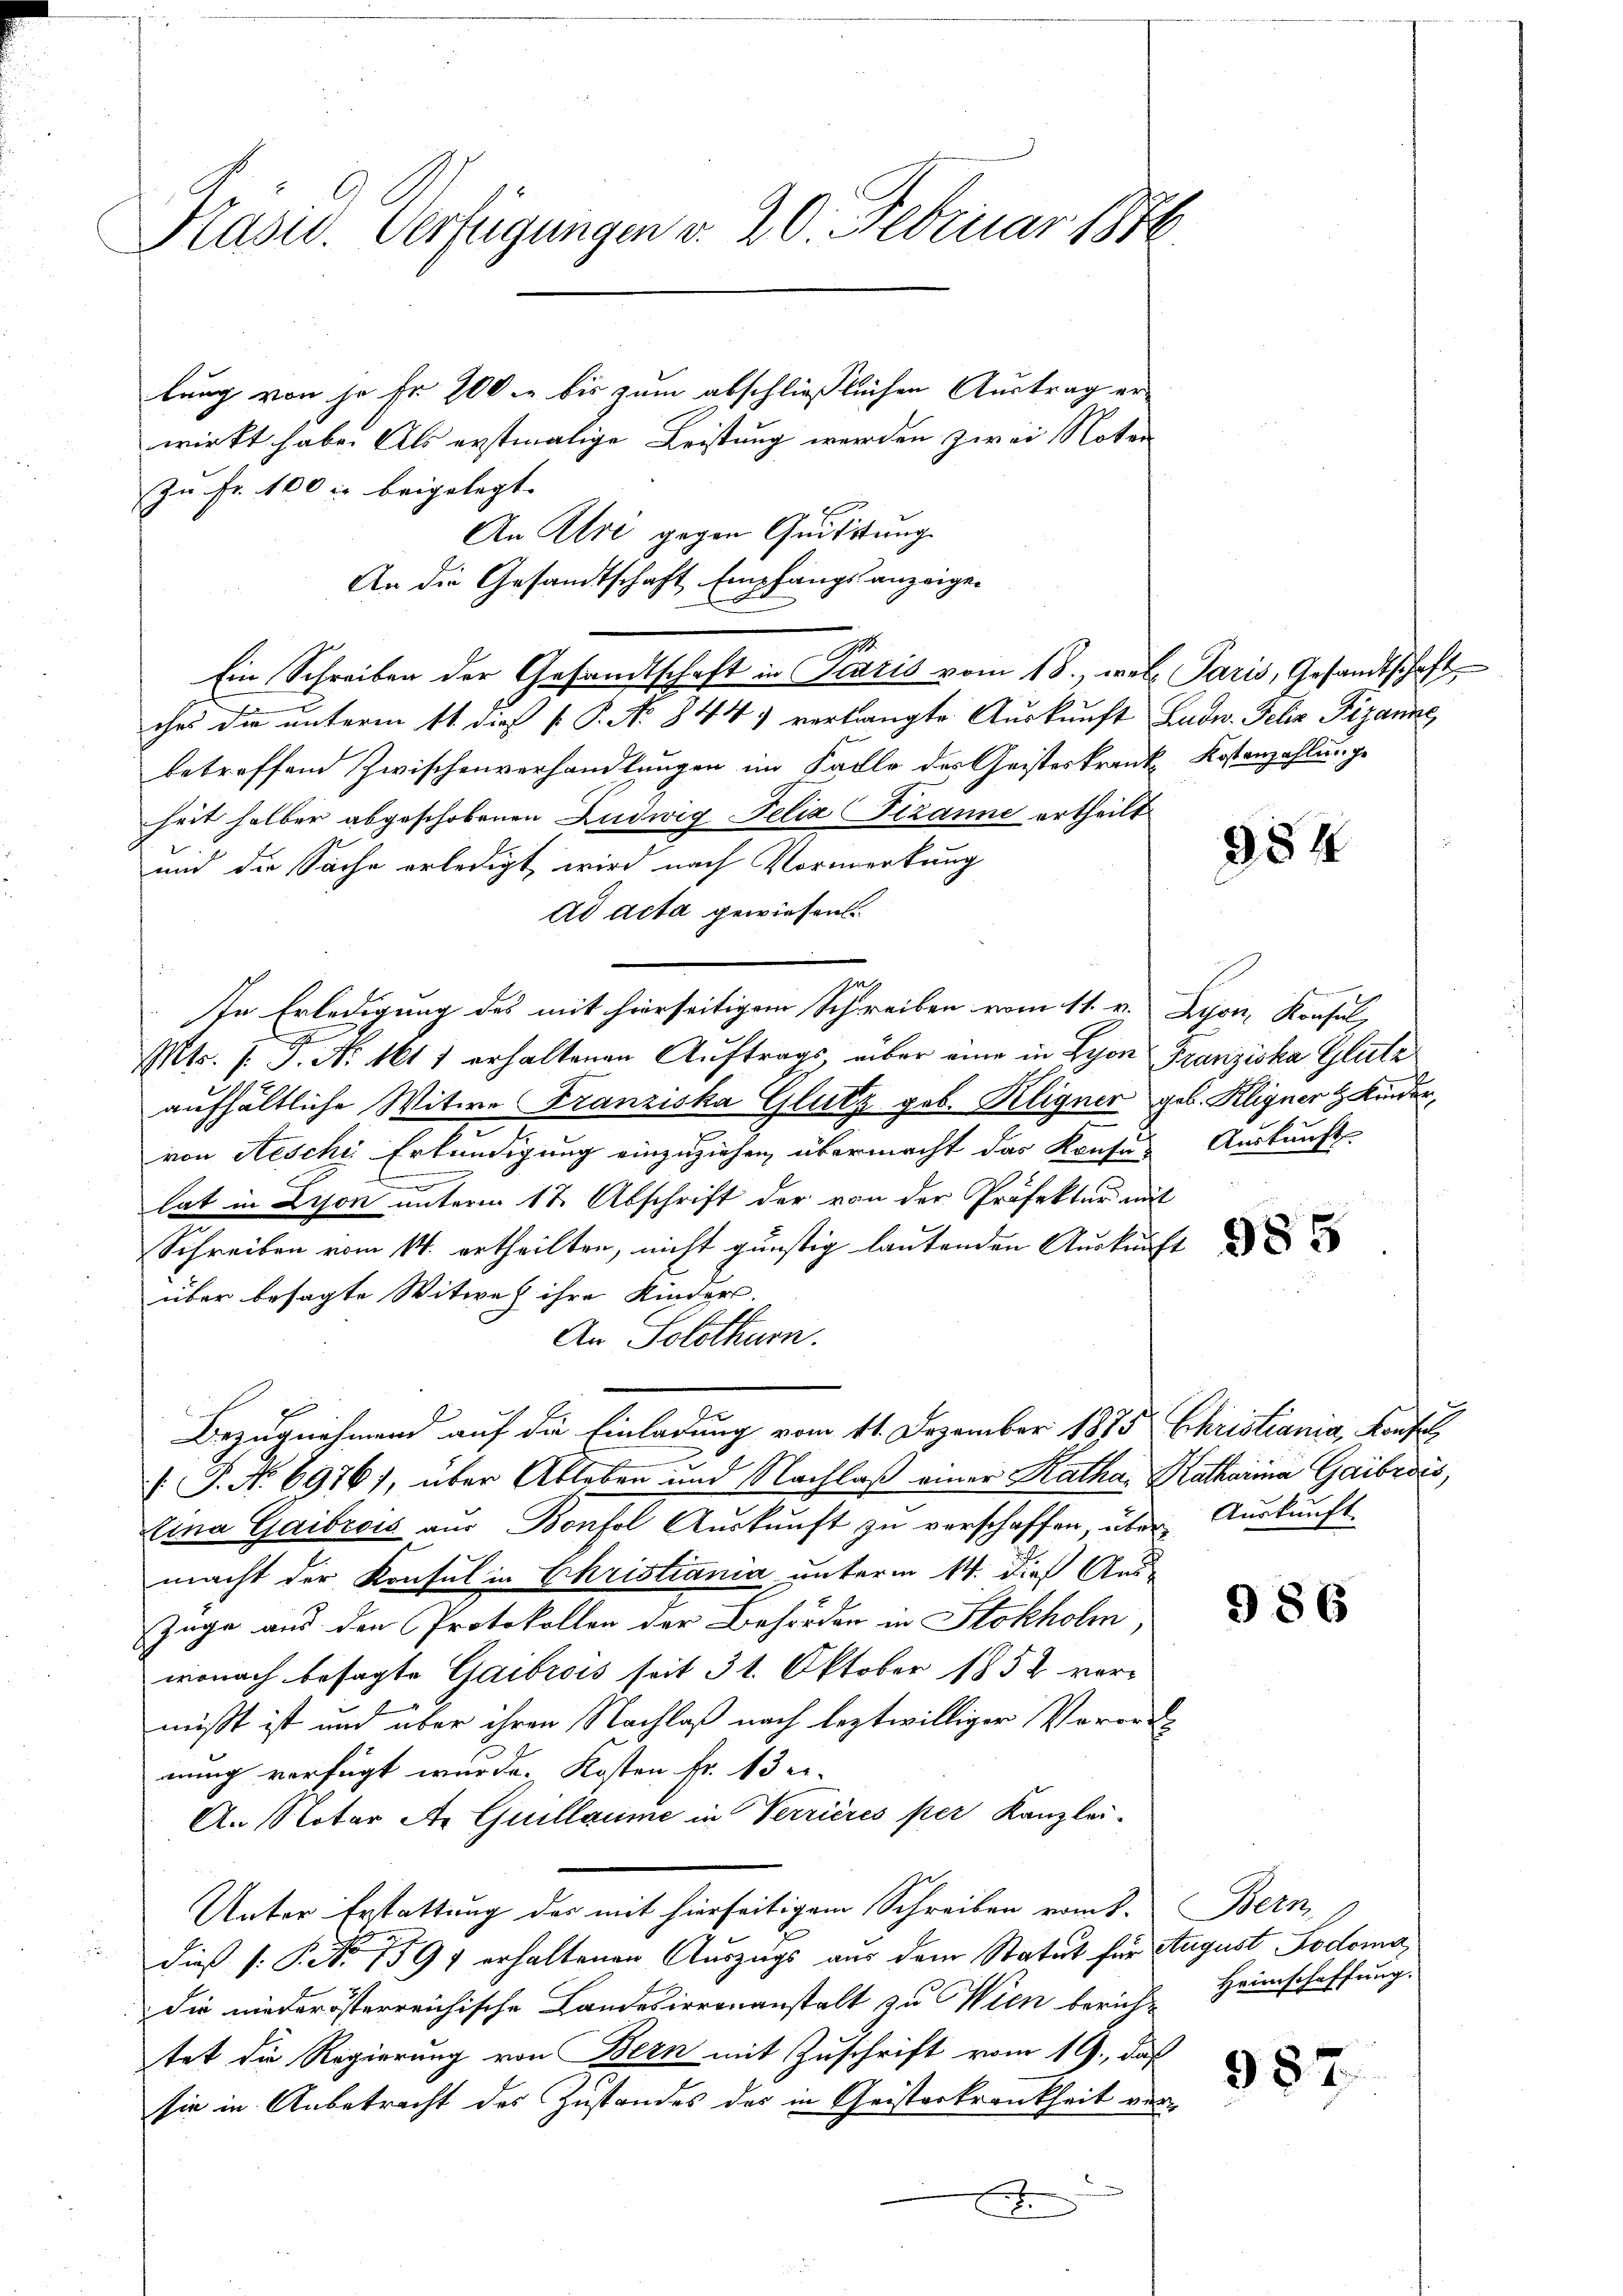
Präsid. Verfügungen v. 20. Februar Br

lung von je Fr. 100 bis zum abschließlichen Austrag erwirkt habe. Als erstmalige Leistung werden zwei Noter
zu Fr. 100 r. beigelegt. |
ches die unterm 11. dieß P. P. No 844 verlangte Auskunft Ludw. Felix Fizanne
betreffend Zwischenverhandlungen im Falle des Geisteskrank Kostenzahlunge
heit halber abgeschobenen Ludwig Felix Fizanne ertheilt
und die Sache erledigt wird nach Vormerkung
Ad acta gewiesen.
u
In Erledigung des mit hierseitigem Schreiben vom 11. v. Lyon, Konsul,
Mts. f. J. No. 1611 erhaltenen Aŭftrags, über eine in Lyon Franziska Glutz
aufhältliche Witwe Franziska Glutz geb. Kligner geb. Kligner & Kinder,
von Aeschi Erkundigung einzuziehen, übermacht das Konsu-
.
lat in Lison unterm 17. Abschrift der von der Präfektur mit
Schreiben vom 14. ertheilten, nicht günstig lautenden Auskunft
über besagte Witwe ihre Kinders.
An Solothurn.
Bezugnahmend auf die Einladung vom 11. Dezember 1875 Christiana, Konfel
 P. No 6976), über Ableben und Nachlaß einer Katha. Katharina Gaibidés,
tina Gaibrois aus Bonfol Auskunft zu verschaffen, über Auskunft.
macht der Konsul in Christiania unterm 14. dieß Aus-
Zuge aus den Protokollen der Behörden in Stokholm
wonach besagte Gaibrois seit 31. Oktober 1852 vormißt ist und über ihren Nachlaß nach leztwilliger Verordnung verfügt wurde. Kosten Fr. 13 er-
An Notar A. Guillaume in Verrieres per Kanzlei-
Unter Erstattung des mit hierseitigem Schreiben romt. Bern,
dieß (: P. Nr. 759 erhaltenen Auszugs aus dem Statut für August Lodoma
die niederösterreichische Landesirrenanstalt zu Wien berich Heimschaffung.
tet die Regierung von Bern mit Zuschrift vom 19., daß
sie in Anbetracht des Zustandes des in Geisterkrankheit ver¬

An Alri gegen Quittung
An die Gesandtschaft Empfangsanzeigen
i
Ein Schreiben der Gesandtschaft in Satis vom 18., welle Paris, Gesandtschaft

E

954

Auskunft.

985

986

987.